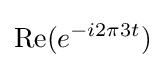
\operatorname {Re} (e^{-i2\pi 3t})